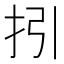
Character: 𢪉